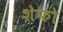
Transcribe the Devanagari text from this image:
शेफो